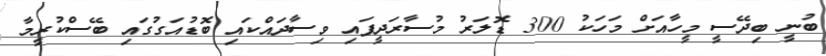
ބުނީ ބިދޭސީ މީހާއަށް މަހަކު 300 ޑޮލަރު މުސާރަދީފައި ވިސާދައްކައި ބޮޑުއަގުގައި ބޭސްކުރީމާ